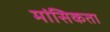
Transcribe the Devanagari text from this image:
मांसिकता